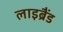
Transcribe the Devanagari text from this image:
लाइब्रैंड